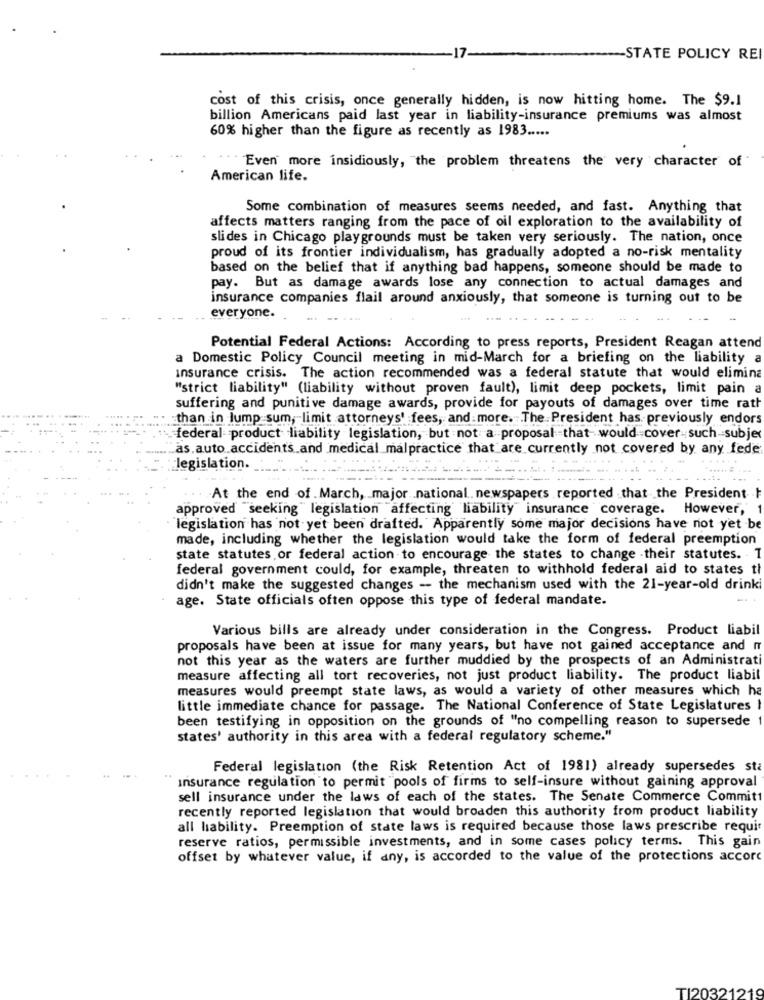
STATE POLICY REI
cost of this crisis, once generally hidden, is now hitting home. The $9.1
billion Americans paid last year in liability-insurance premiums was almost
60% higher than the figure as recently as 1983 .....
. . . Even more insidiously, "the problem threatens the very character of
American life.
Some combination of measures seems needed, and fast. Anything that
affects matters ranging from the pace of oil exploration to the availability of
slides in Chicago playgrounds must be taken very seriously. The nation, once
proud of its frontier individualism, has gradually adopted a no-risk mentality
based on the belief that if anything bad happens, someone should be made to
pay. But as damage awards lose any connection to actual damages and
insurance companies flail around anxiously, that someone is turning out to be
everyone.
Potential Federal Actions: According to press reports, President Reagan attend
a Domestic Policy Council meeting in mid-March for a briefing on the liability a
Insurance crisis. The action recommended was a federal statute that would elimina
"strict liability" (liability without proven fault), limit deep pockets, limit pain a
suffering and punitive damage awards, provide for payouts of damages over time ratt
than in lump sum, limit attorneys' fees, and more. The President has previously endors
federal product liability legislation, but not a proposal that would cover-such subje
as.auto accidents and medical malpractice that are currently not covered by any fede
legislation.
At the end of . March, major .national. newspapers reported that the President
approved seeking" legislation affecting liability insurance coverage. However,
legislation has not yet been drafted. Apparently some major decisions have not yet be
made, including whether the legislation would take the form of federal preemption
state statutes or federal action to encourage the states to change their statutes. -
federal government could, for example, threaten to withhold federal aid to states th
didn't make the suggested changes - the mechanism used with the 21-year-old drink
age. State officials often oppose this type of federal mandate.
Various bills are already under consideration in the Congress. Product liabil
proposals have been at issue for many years, but have not gained acceptance and Ir
not this year as the waters are further muddied by the prospects of an Administrati
measure affecting all tort recoveries, not just product liability. The product liabil
measures would preempt state laws, as would a variety of other measures which ha
little immediate chance for passage. The National Conference of State Legislatures I
been testifying in opposition on the grounds of "no compelling reason to supersede
states' authority in this area with a federal regulatory scheme."
Federal legislation (the Risk Retention Act of 1981) already supersedes sta
Insurance regulation to permit "pools of firms to self-insure without gaining approval
sell insurance under the laws of each of the states. The Senate Commerce Commit
recently reported legislation that would broaden this authority from product liability
all hability. Preemption of state laws is required because those laws prescribe requis
reserve ratios, permissible investments, and in some cases policy terms. This gain
offset by whatever value, if any, is accorded to the value of the protections accorc
TI20321219